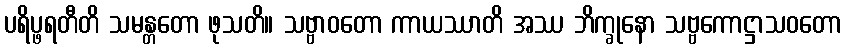
ပရိပ္ဖရတီတိ သမန္တတော ဖုသတိ။ သဗ္ဗာဝတော ကာယဿာတိ အဿ ဘိက္ခုနော သဗ္ဗကောဋ္ဌာသဝတော